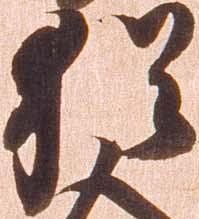
猶